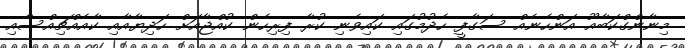
މިނާންގްކަބާއޫ އަންހެނެއް ސަގާފީ ހެދުމުގައި ކައިވެނި ކުރާ ފިރިހެން ކުއްޖާއަށް ހަދިޔާއާއި ކާއެއްޗިއްސާއި